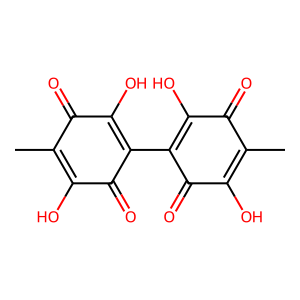
SMILES: CC1=C(O)C(=O)C(C2=C(O)C(=O)C(C)=C(O)C2=O)=C(O)C1=O
Inhibits HIV replication: No